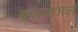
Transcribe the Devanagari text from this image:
बसवनाल